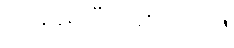
ပေးခဲ့ရပြီး ဖြစ်သည်။